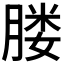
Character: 𦝼